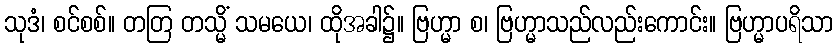
သုဒံ၊ စင်စစ်။ တတြ တသ္မိံ သမယေ၊ ထိုအခါ၌။ ဗြဟ္မာ စ၊ ဗြဟ္မာသည်လည်းကောင်း။ ဗြဟ္မာပရိသာ